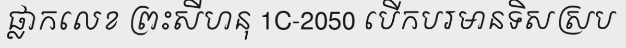
ផ្លាកលេខ ព្រះសីហនុ 1C-2050 បើកបរមានទិសស្រប